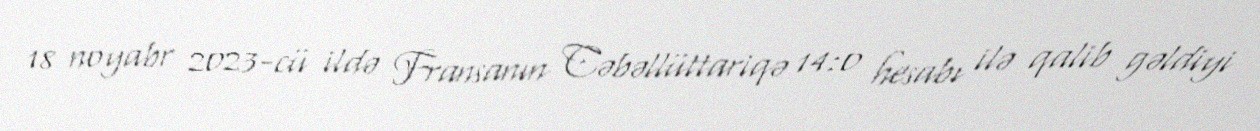
18 noyabr 2023-cü ildə Fransanın Cəbəllüttariqə 14:0 hesabı ilə qalib gəldiyi